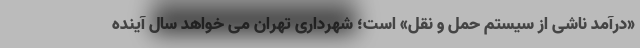
«درآمد ناشی از سیستم حمل و نقل» است؛ شهرداری تهران می خواهد سال آینده